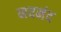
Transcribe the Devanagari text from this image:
नवनंद